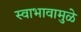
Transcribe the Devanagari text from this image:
स्वाभावामुळे